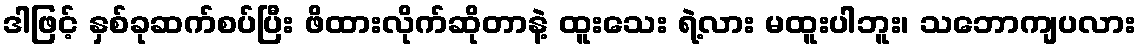
ဒါဖြင့် နှစ်ခုဆက်စပ်ပြီး ဖိထားလိုက်ဆိုတာနဲ့ ထူးသေး ရဲ့လား မထူးပါဘူး၊ သဘောကျပလား